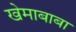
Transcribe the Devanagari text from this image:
खेमाबाबा